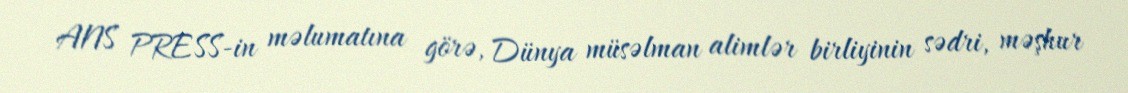
ANS PRESS-in məlumatına görə, Dünya müsəlman alimlər birliyinin sədri, məşhur